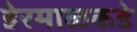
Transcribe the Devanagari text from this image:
डेरमाळकडे